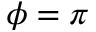
\phi = \pi